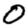
Digit: 0